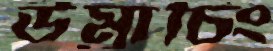
উম্রাচিং